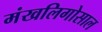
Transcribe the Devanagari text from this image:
मंखलिगोसाल